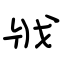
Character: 戕